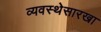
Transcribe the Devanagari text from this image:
व्यवस्थेसारखा